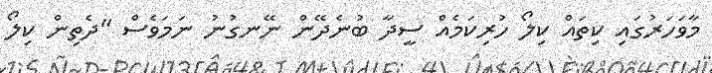
މާވަހަރުގައި ކިތައް ކިލޯ ހުރިކަމެއް ސީދާ ބުނެދޭން ނޭނގުނު ނަމަވެސް "ދެތިން ކިލޯ